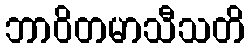
ဘာဝိတမာသီသတိ